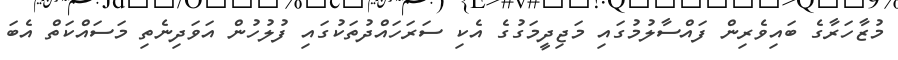
މުޒާހަރާގެ ބައިވެރިން ފައްސާލުމުގައި މަޖިދީމަގުގެ އެކި ސަރަހައްދުތަކުގައި ފުލުހުން އަވަދިނެތި މަސައްކަތް އެބަ